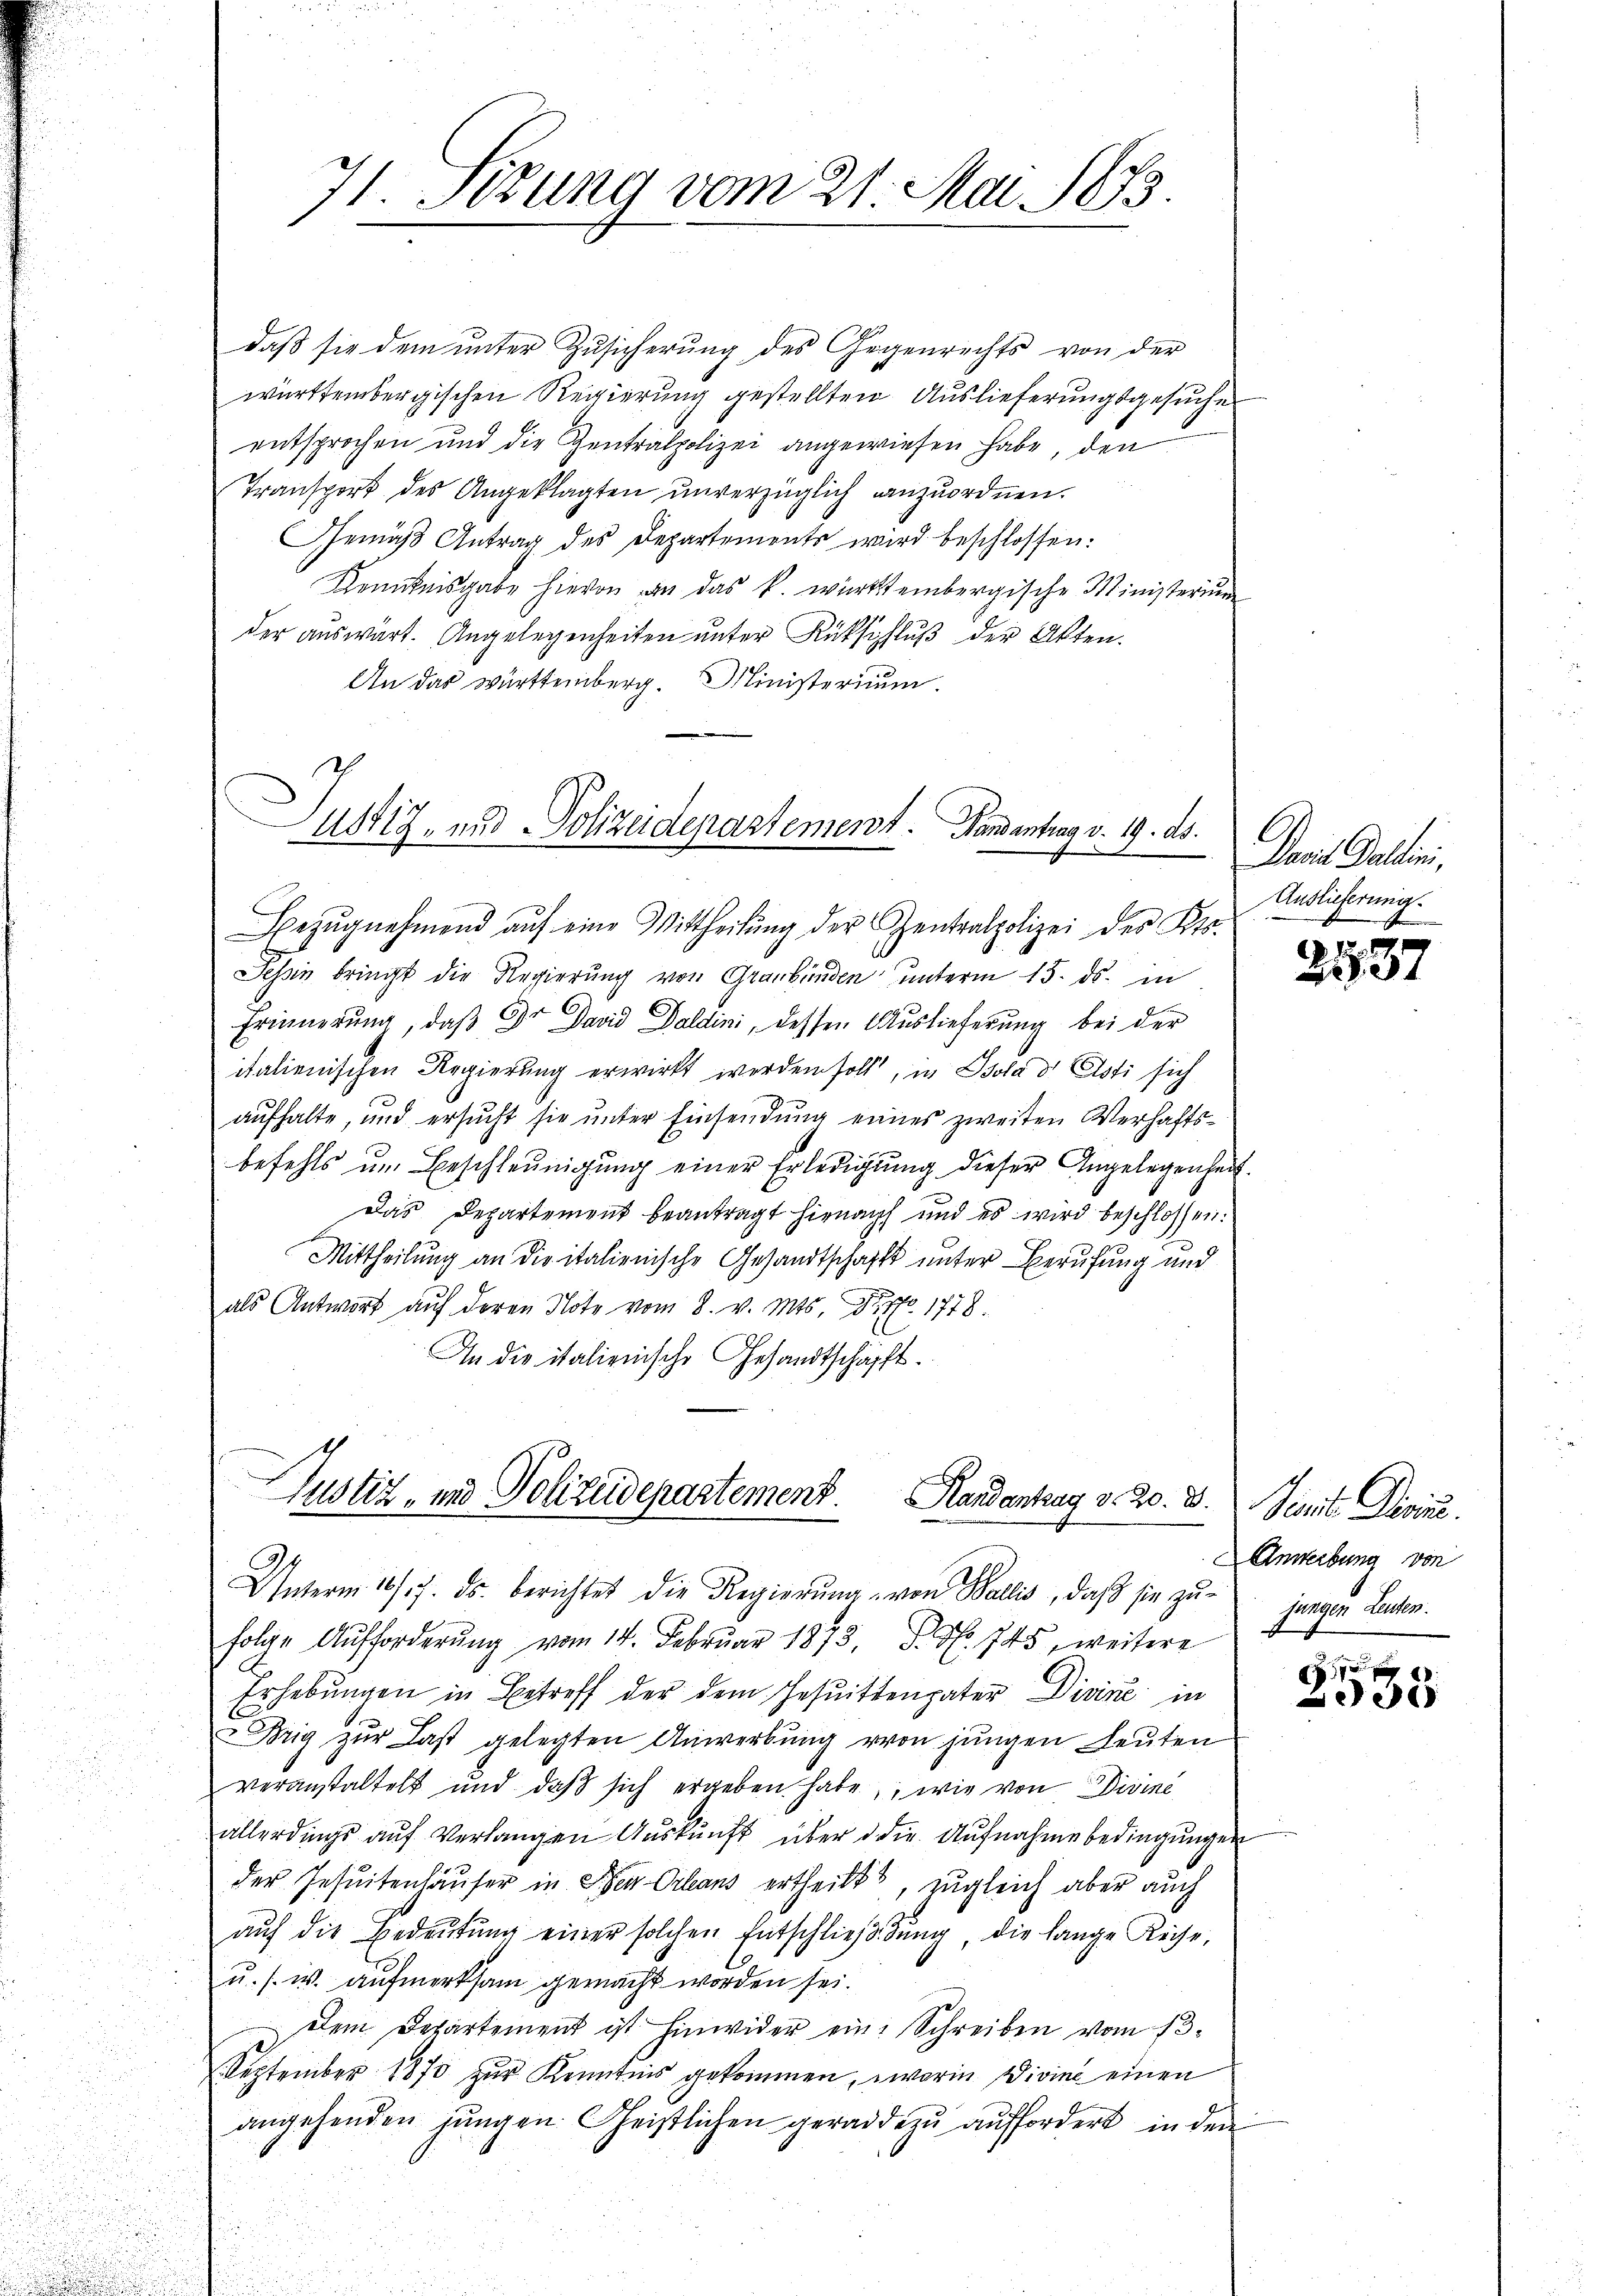
71. Sizung vom 21. Mai 1873.

daß sie dem unter Zusicherung des Gegenrechts von der
württembergischen Regierung gestellten Auslieferungsgesuche
entsprochen und die Zentralpolizei angewiesen habe, den
Transport des Angeklagten unverzüglich anzuordnen.
Gemäß Antrag des Departements wird beschlossen:
Kenntnisgabe hievon an das k. württembergische Ministerium
der auswärt. Angelegenheiten unter Rückschluß der Akten.
An das württemberg. Ministerium.

48417 und Polizeidepartement. Gandantrag v. 19. ds.
Bezŭgnehmend auf eine Mittheilŭng der Centralpolizei des Kts.

Tessin bringt die Regierung von Graubünden unterm 15. ds. in
Erinnerung, daß Dr David Daldini, dessen Auslieferung bei der
italienischen Regierung erwirkt werden soll, in Isola dh Asti sich
aufhalte, und ersucht sie unter Einsendung eines zweiten Verhaftsbefehls um Beschleunigung einer Erledigung dieser Angelegenheit.
Das Departement beantragt hienach und es wird beschlossen:
Mittheilung an die italienische Gesandtschafft unter Berufung und
als Antwort auf deren Note vom 8. v. Mts. Dno 1778.
An die italienische Gesandtschäfft.

Justiz- und Polizeidepartement.
Randantrag d. 20. 8.
C
Unterm 10/. 7. ds. berichtet die Regierŭng von Wallis, daβ sie zŭ jungen Leder.

Den Sache.
Auslieferung.

folge Aufforderung vom 14. Februar 1873, S. 745, weitere
Erhebungen in Betreff der dem Gesuittenpater Divine in
Drig zur Last gelegten Anwerbung von jungen Leuten
veranstaltelt und daß sich ergeben habe, wie von Divine
allerdings auf verlangen Auskunft über d die Aufnahme bedingungen
der Jesuitenhäuser in Ster Orleans ertheilt, zugleich aber auch
aŭf die Bedeŭtŭng einer solchen Entschlieβdŭng, die lange Reise,
u. s. w. aufmerksam gemacht worden sei.
Dem Departement ist hinwider eine Schreiben vom 13.
September 1870 zŭr Kenntnis gekommen, worin Divine einen
angehenden jungen. Geistlichen geradezu auffordert, in den

2537

Sicile Divis.
Anweibung von

e